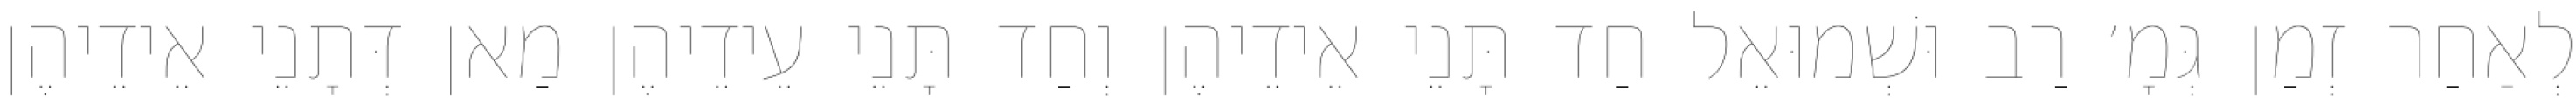
לְאַחַר זְמַן גְּמָ׳ רַב וּשְׁמוּאֵל חַד תָּנֵי אֵידֵיהֶן וְחַד תָּנֵי עֵידֵיהֶן מַאן דְּתָנֵי אֵידֵיהֶן